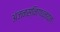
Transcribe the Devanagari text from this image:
अंजनस्निग्धनयनः